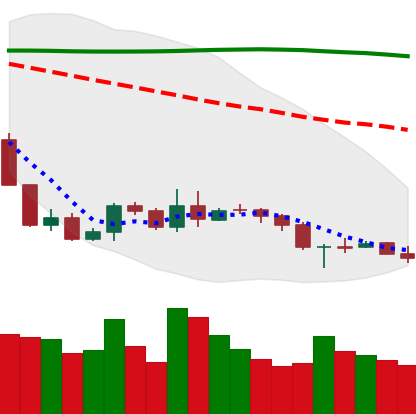
Ticker: BNB-USD
Chart end date: 2019-09-16
Forward return: 3.352%
Label: up_3_5